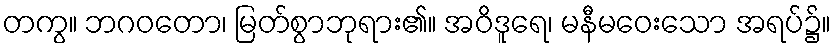
တကွ။ ဘဂဝတော၊ မြတ်စွာဘုရား၏။ အဝိဒူရေ၊ မနီမဝေးသော အရပ်၌။